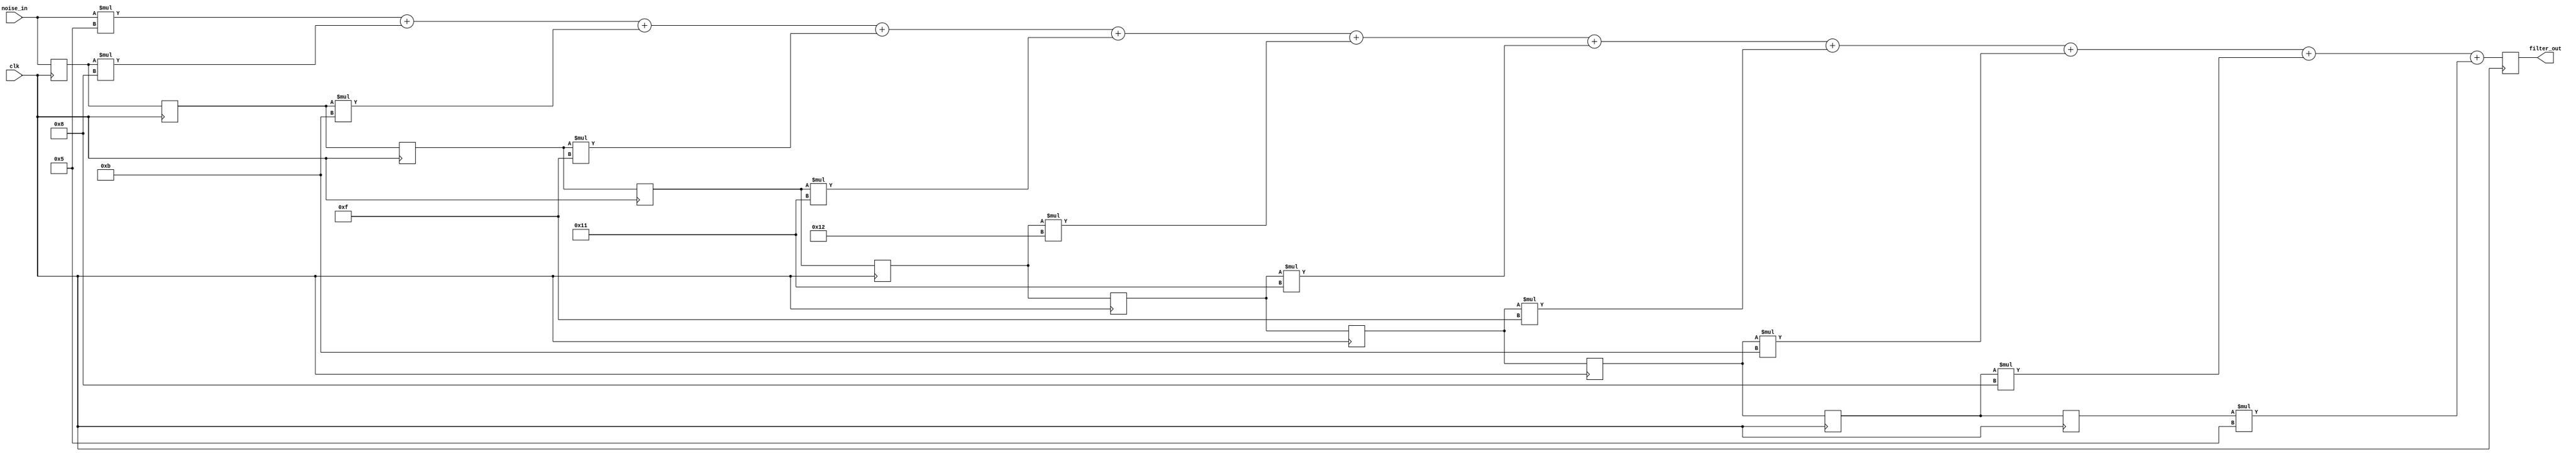
module top#(parameter m = 7)(
    input clk,
    input signed [m-1:0]noise_in,
    output reg signed [2*m-1:0]filter_out
);

    //////////// Parameter for 11 taps
    // Tap values found using python calculations
    localparam signed [m-1:0] tap0 = 5;
    localparam signed [m-1:0] tap1 = 8;
    localparam signed [m-1:0] tap2 = 11;
    localparam signed [m-1:0] tap3 = 15;
    localparam signed [m-1:0] tap4 = 17;
    localparam signed [m-1:0] tap5 = 18;
    localparam signed [m-1:0] tap6 = 17;
    localparam signed [m-1:0] tap7 = 15;
    localparam signed [m-1:0] tap8 = 11;
    localparam signed [m-1:0] tap9 = 8;
    localparam signed [m-1:0] tap10 = 5;
	
	/* Testing other M scale Values
	localparam signed [m-1:0] tap0 = 2348;
    localparam signed [m-1:0] tap1 = 3853;
    localparam signed [m-1:0] tap2 = 5664;
    localparam signed [m-1:0] tap3 = 7458;
    localparam signed [m-1:0] tap4 = 8798;
    localparam signed [m-1:0] tap5 = 9295;
    localparam signed [m-1:0] tap6 = 8798;
    localparam signed [m-1:0] tap7 = 7458;
    localparam signed [m-1:0] tap8 = 5664;
    localparam signed [m-1:0] tap9 = 3853;
    localparam signed [m-1:0] tap10 = 2348;
	*/
	
    // Filter Implementation
    // Interconnecting signals
    reg signed[m-1:0]register_0 = 0;
    reg signed[m-1:0]register_1 = 0;
    reg signed[m-1:0]register_2 = 0;
    reg signed[m-1:0]register_3 = 0;
    reg signed[m-1:0]register_4 = 0;
    reg signed[m-1:0]register_5 = 0;
    reg signed[m-1:0]register_6 = 0;
    reg signed[m-1:0]register_7 = 0;
    reg signed[m-1:0]register_8 = 0;
    reg signed[m-1:0]register_9 = 0;
    // Flipflops to register the data
    always@(posedge clk) begin
        // This will work as a shift register
        register_0 <= noise_in;
        register_1 <= register_0;
        register_2 <= register_1;
        register_3 <= register_2;
        register_4 <= register_3;
        register_5 <= register_4;
        register_6 <= register_5;
        register_7 <= register_6;
        register_8 <= register_7;
        register_9 <= register_8;  
        // finally output
        filter_out <=  noise_in * tap0 +
                            register_0 * tap1 +
                            register_1 * tap2 +
                            register_2 * tap3 +
                            register_3 * tap4 +
                            register_4 * tap5 +
                            register_5 * tap6 +
                            register_6 * tap7 +
                            register_7 * tap8 +
                            register_8 * tap9 +
                            register_9 * tap10;
    end
endmodule